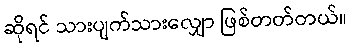
ဆိုရင် သားပျက်သားလျှော ဖြစ်တတ်တယ်။